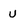
Character: u